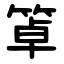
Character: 䈇